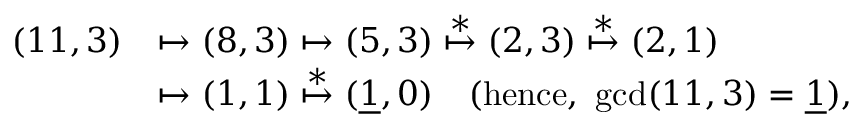
\begin{array} { r l } { ( 1 1 , 3 ) } & { \mapsto ( 8 , 3 ) \mapsto ( 5 , 3 ) \stackrel { * } { \mapsto } ( 2 , 3 ) \stackrel { * } { \mapsto } ( 2 , 1 ) } \\ & { \mapsto ( 1 , 1 ) \stackrel { * } { \mapsto } ( \underline { { 1 } } , 0 ) \quad ( \mathrm { h e n c e , ~ } \operatorname* { g c d } ( 1 1 , 3 ) = \underline { { 1 } } ) , } \end{array}